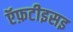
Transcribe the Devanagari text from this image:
ऍफ़टीइसइ